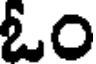
ఓం